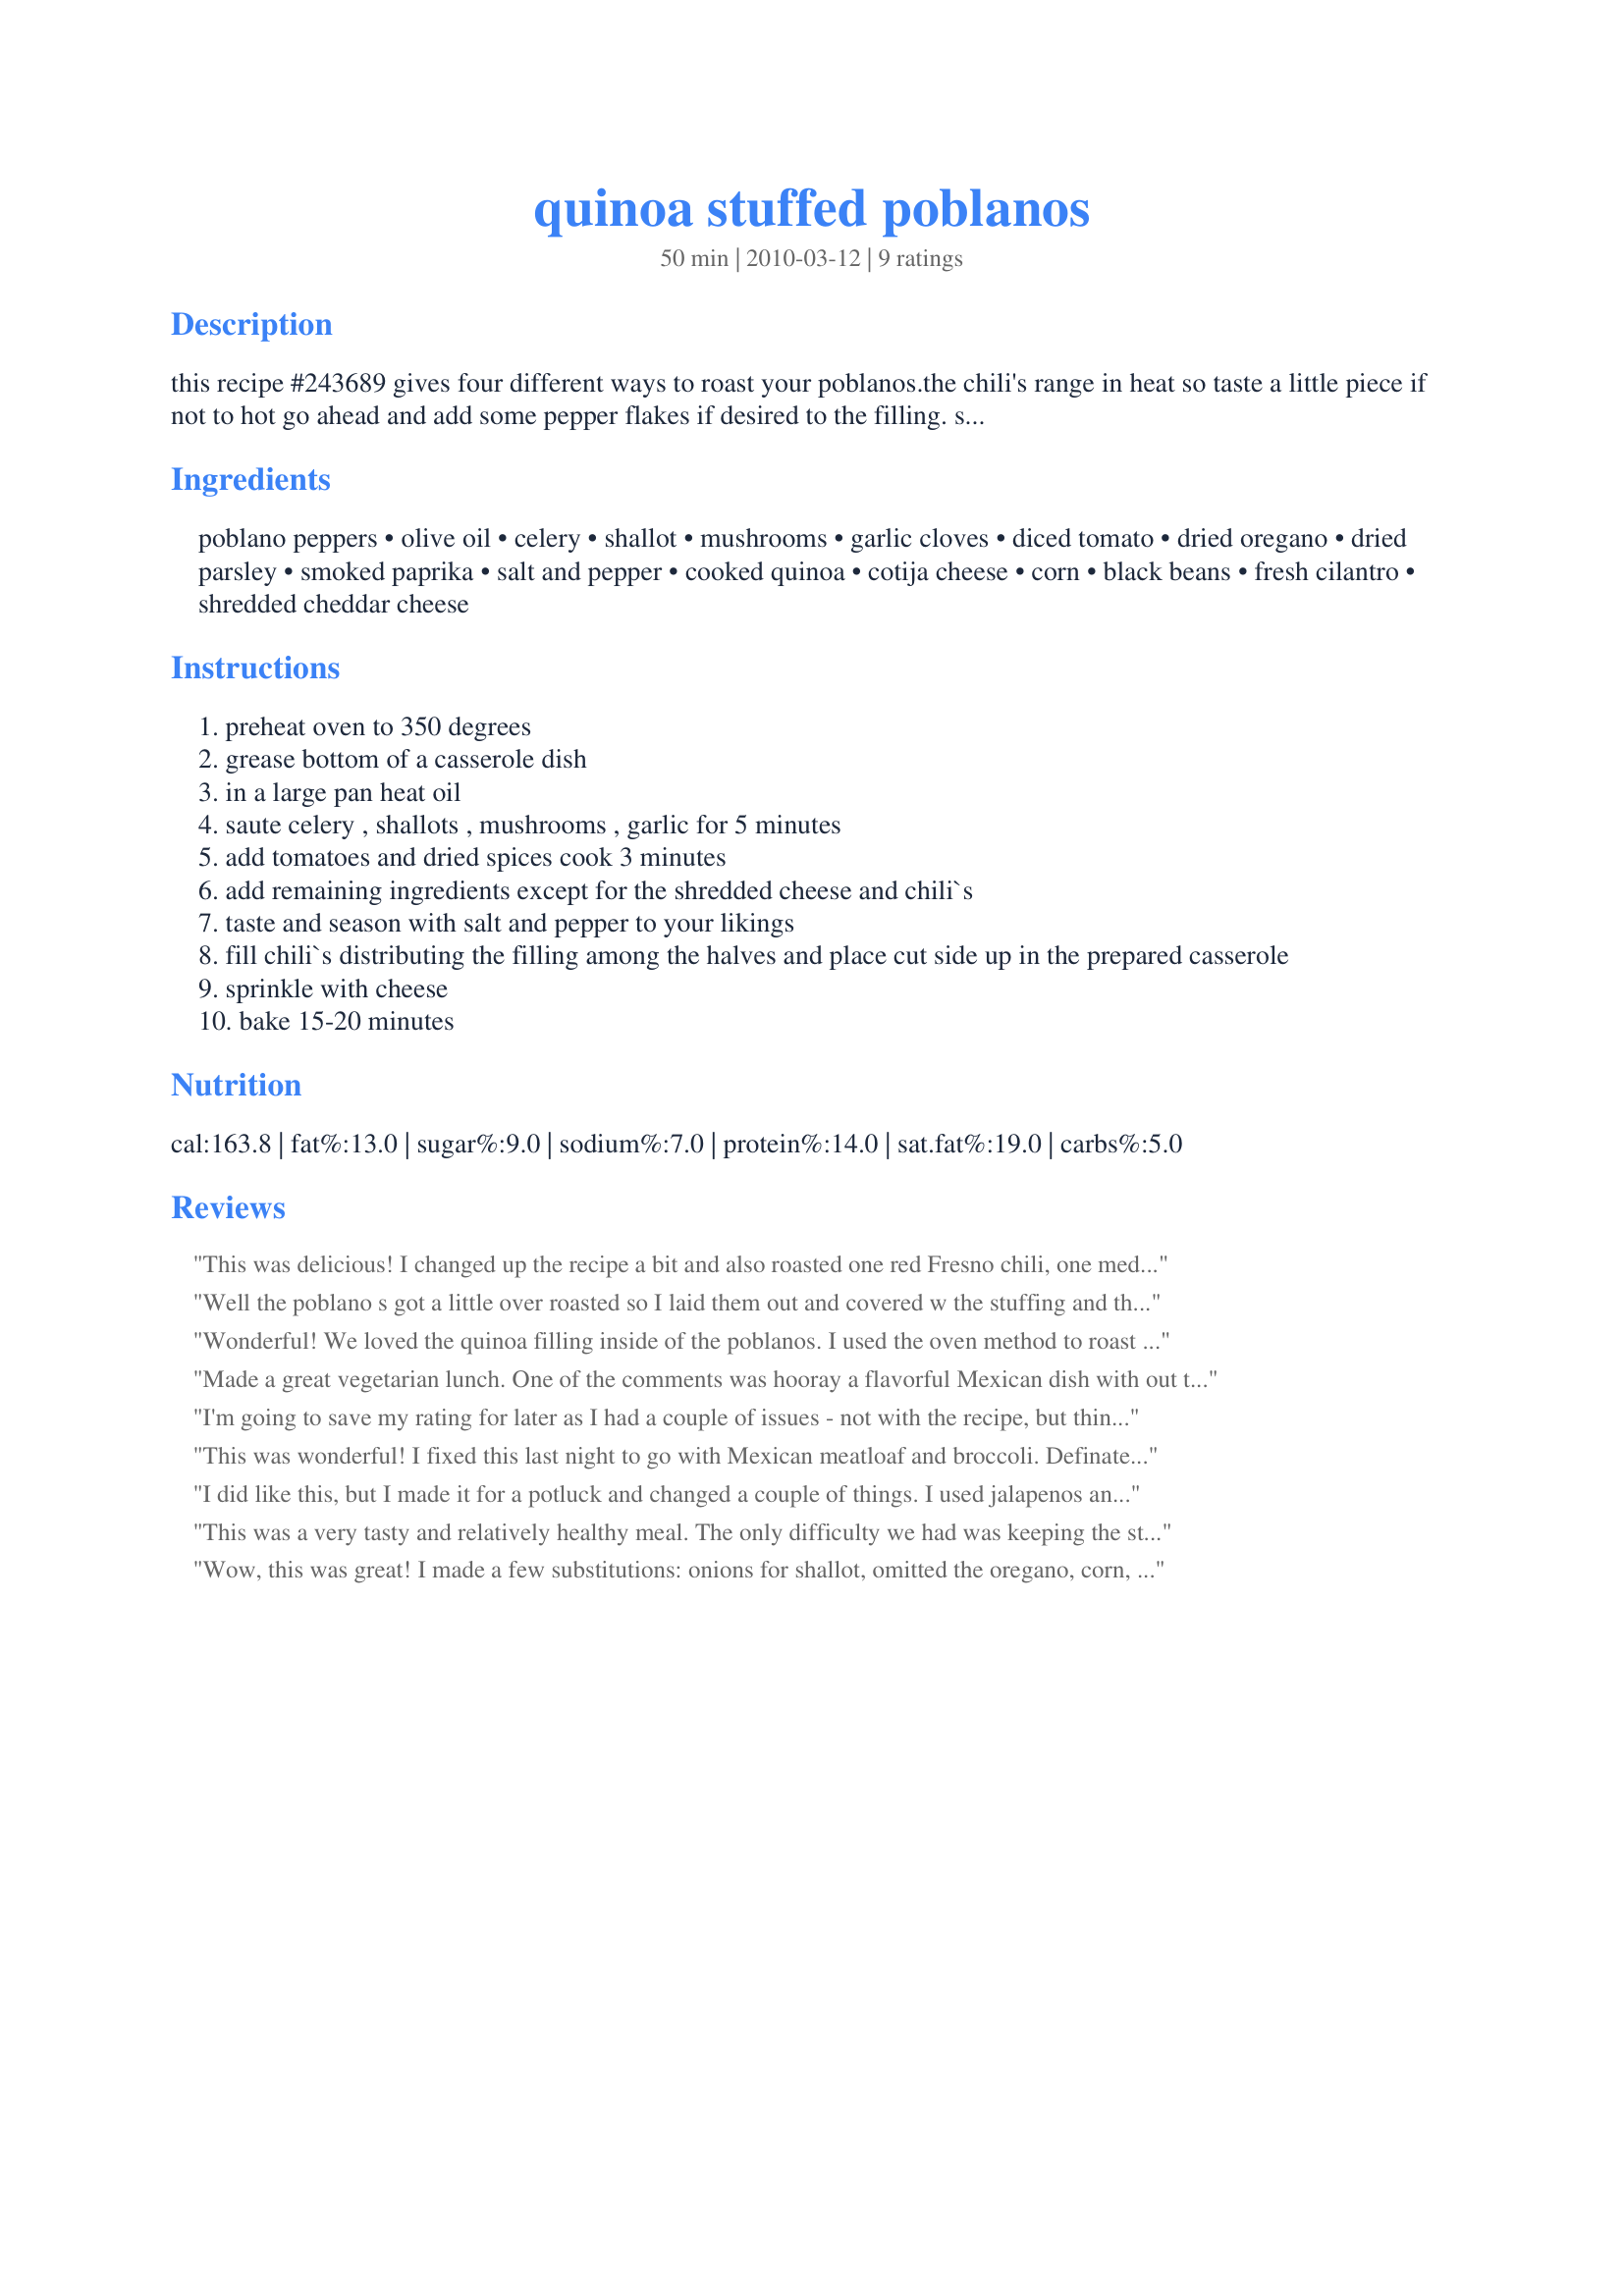
quinoa stuffed poblanos
Preparation time: 50 minutes

this recipe #243689 gives four different ways to roast your poblanos.the chili's range in heat so taste a little piece if not to hot go ahead and add some pepper flakes if desired to the filling. serve as an appetizer, side or a main vegetarian meal.

Ingredients:
poblano peppers, olive oil, celery, shallot, mushrooms, garlic cloves, diced tomato, dried oregano, dried parsley, smoked paprika, salt and pepper, cooked quinoa, cotija cheese, corn, black beans, fresh cilantro, shredded cheddar cheese

Steps:
preheat oven to 350 degrees
grease bottom of a casserole dish
in a large pan heat oil
saute celery , shallots , mushrooms , garlic for 5 minutes
add tomatoes and dried spices cook 3 minutes
add remaining ingredients except for the shredded cheese and chili`s
taste and season with salt and pepper to your likings
fill chili`s distributing the filling among the halves and place cut side up in the prepared casserole
sprinkle with cheese
bake 15-20 minutes

Reviews:
This was delicious! I changed up the recipe a bit and also roasted one red Fresno chili, one medium temp jalape&ntilde;o, and one medium sized red bell pepper. I also substituted the corn with a roasted corn on the cob. Used Mexican oregano, 1 tsp chipotle chile powder and 1+ tsp of cumin. Took another reviewer&#039;s suggestion and used the pre-shredded Mexican blend cheese (becuae i had it on hand) blended with the Cotijo cheese. I also put about 2 tablespoons of the blended cheese into the quinoa/veggie mixture--no mushrooms. I only had 3 whole Pablanos but made a large amount of the quinoa mixture. With the leftover quinoa I will blend some with eggs and make quinoa patties for breakfast--always a good use of leftover quinoa! I always know how a recipe rates with hubby by his answer to &quot;how often would you like to have this again?&quot; He told me he would eat this once a week if it didn&#039;t involve so much time for me to roast all the peppers and corn at the hot grill in the hot sun. But that was my choice. I wanted to use some of the beautiful veggies from our garden and all peppers are so tasty when roasted/grilled! I can&#039;t wait to make this for our next family event! Thanks for the great recipe!
Well the poblano s got a little over roasted so I laid them out and covered w the stuffing and then cheese.. like a lasagna
Wonderful! We loved the quinoa filling inside of the poblanos. I used the oven method to roast the poblanos for use in the recipe, which worked out great time-wise, as I was able to have the quinoa cooking on the stovetop at the same time, leaving me free to start chopping veggies! It moved quickly from there, and we enjoyed the results very much. I made one minor change, which was to use a Mexican-style cheese blend (asadero, manchego & quesadilla cheeses) instead of cheddar on the very top. Very enjoyable. Thanks for sharing! Veg*n Swap 29
Made a great vegetarian lunch. One of the comments was hooray a flavorful Mexican dish with out the heat. Made as written and DH said please do not change a thing. Guess that means I'll be making these again. These made a great main dish do not think I would use as an appetizer. Thanks so much for the post.
I'm going to save my rating for later as I had a couple of issues - not with the recipe, but things I did. I roasted the peppers in the oven like I've done before. Need to rethink that one :) Next time I'll flash roast them under the broiler so as to keep the meat of the peppers firm. Mine were, well, underwhelming & limp. My topping was also dry, but then I didn't use mushrooms, corn or beans, all that would have added some moisture. I picked this recipe as my first venture into the land of quinoa, and holy moley, that stuff is the bomb!! Roasted it before cooking. The aroma and taste of this is really, really good - just need to make the changes mentioned and I think it will be a winner, hands down. Thanks for sharing!!
This was wonderful! I fixed this last night to go with 
Mexican meatloaf and broccoli. Definately a keeper! I roasted my poblano peppers on the stove and followed the directions except I didn't have Cotja cheese so I used some parmesan cheese. Delicious...Made for French Forum...Paprika.
I did like this, but I made it for a potluck and changed a couple of things. I used jalapenos and firm silken tofu instead of the cheese in the filling. The jalapenos were too spicy for most of the people there. I had leftovers. I used two for each poblano called for and still only used half the filling. I'm eating it (the filling) now for my lunch at work, tastes good.
This was a very tasty and relatively healthy meal. The only difficulty we had was keeping the stuffing in the peppers so the peppers would retain their shape as pictured. My husband thought that maybe next time he would stuff them whole. The flavor was really good. Thanks for posting!
Wow, this was great! I made a few substitutions: onions for shallot, omitted the oregano, corn, black beans, and cotila cheese (didn't have), and subbed cumin instead. Delicious. Even the kids loved this; my 7-year-old asked me to make it for dinner every night this week. :) Next time I'll double the recipe and add in the black beans and corn, but we really liked the cumin, so I think I'll stick with that. It's great with guacamole. Sauteed zucchini would be good, too. I love eating something this healthy AND delicious.
